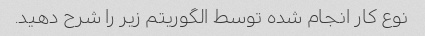
نوع کار انجام شده توسط الگوریتم زیر را شرح دهید.